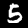
Label: 5